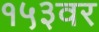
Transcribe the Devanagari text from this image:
१५३वर